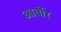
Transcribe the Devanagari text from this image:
आर्बोर